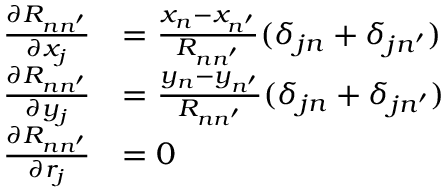
\begin{array} { r l } { \frac { \partial R _ { n n ^ { \prime } } } { \partial x _ { j } } } & { = \frac { x _ { n } - x _ { n ^ { \prime } } } { R _ { n n ^ { \prime } } } ( \delta _ { j n } + \delta _ { j n ^ { \prime } } ) } \\ { \frac { \partial R _ { n n ^ { \prime } } } { \partial y _ { j } } } & { = \frac { y _ { n } - y _ { n ^ { \prime } } } { R _ { n n ^ { \prime } } } ( \delta _ { j n } + \delta _ { j n ^ { \prime } } ) } \\ { \frac { \partial R _ { n n ^ { \prime } } } { \partial r _ { j } } } & { = 0 } \end{array}